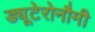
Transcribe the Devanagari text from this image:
ड्यूटेरोनौमी